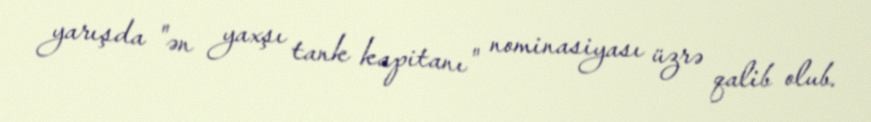
yarışda "ən yaxşı tank kapitanı" nominasiyası üzrə qalib olub.